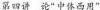
第四讲论”中体西用”